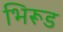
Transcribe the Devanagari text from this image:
भिरूड